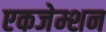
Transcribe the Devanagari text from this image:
एकजेम्शन